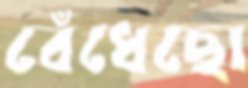
বেঁধেছো